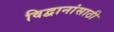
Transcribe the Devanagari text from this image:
विद्वानांसाठी